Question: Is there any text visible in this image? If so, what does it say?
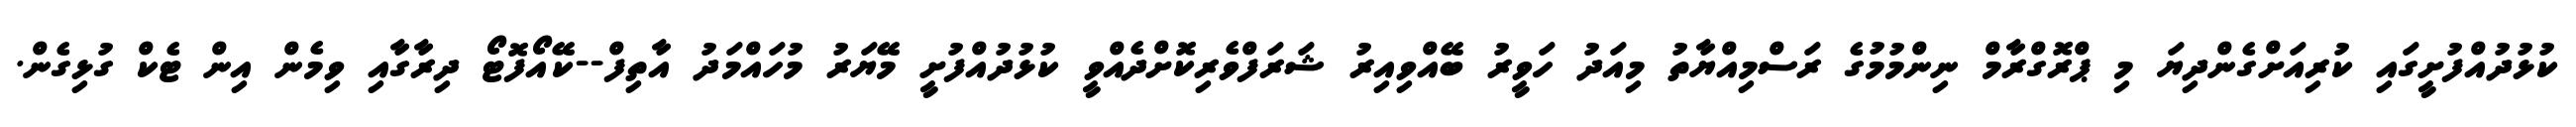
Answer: ކުޅުދުއްފުށީގައި ކުރިއަށްގެންދިޔަ މި ޕްރޮގްރާމް ނިންމުމުގެ ރަސްމިއްޔާތު މިއަދު ހަވީރު ބޭއްވިއިރު ޝަރަފްވެރިކޮށްދެއްވީ ކުޅުދުއްފުށީ މޭޔަރު މުހައްމަދު އާތިފް--ކޭއޯފޮޓޯ ދިރާގާއި ވިމެން އިން ޓެކް ގުޅިގެން.